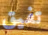
تفيق